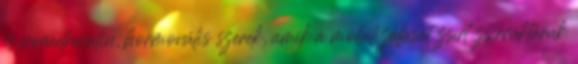
és noradrenalin, hormonális szerek, amik a mobilizálását zsírt zsírraktárak